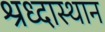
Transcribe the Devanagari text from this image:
श्रध्दास्थान